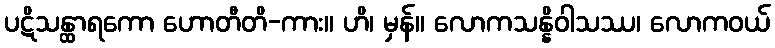
ပဋိသန္ထာရကော ဟောတီတိ-ကား။ ဟိ၊ မှန်။ လောကသန္နိဝါသဿ၊ လောကဝယ်